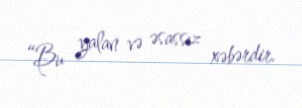
“Bu yalan və əsassız xəbərdir.